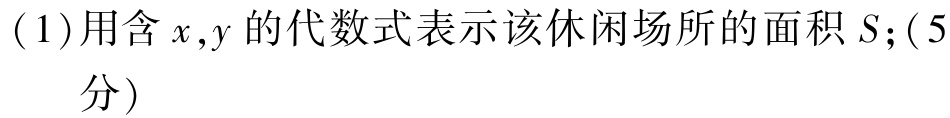
(1)用含\(x,y\)的代数式表示该休闲场所的面积\(S\);(5分)